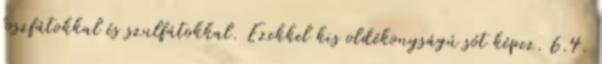
foszfátokkal és szulfátokkal. Ezekkel kis oldékonyságú sót képez. 6.4.